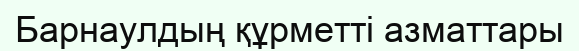
Барнаулдың құрметті азматтары